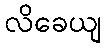
လိခေယျ